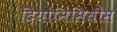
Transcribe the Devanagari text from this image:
दियोनिसियीस